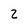
Character: 2